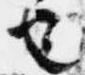
也